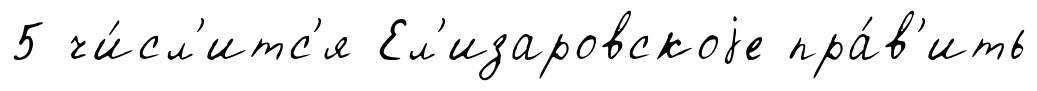
5 чи́сл'итс'я Ел'изаровскоjе пра́в'ить